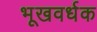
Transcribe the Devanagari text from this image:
भूखवर्धक